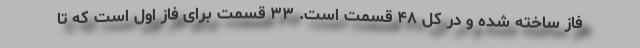
فاز ساخته شده و در کل ۴۸ قسمت است. ۳۳ قسمت برای فاز اول است که تا